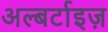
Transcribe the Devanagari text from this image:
अल्बर्टाइज़